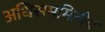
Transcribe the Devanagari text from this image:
अधिसममितीय